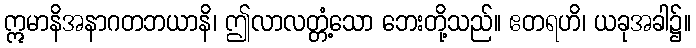
ဣမာနိအနာဂတဘယာနိ၊ ဤလာလတ္တံ့သော ဘေးတို့သည်။ ဧတရဟိ၊ ယခုအခါ၌။